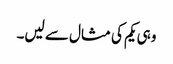
وہی یکم کی مثال سے لیں۔